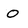
Character: O